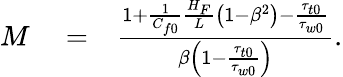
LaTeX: \begin{array}{rlr}{M}&{{}=}&{\frac{1+\frac{1}{C_{f0}}\frac{H_{F}}{L}\left(1-\beta^{2}\right)-\frac{\tau_{t0}}{\tau_{w0}}}{\beta\left(1-\frac{\tau_{t0}}{\tau_{w0}}\right)}.}\end{array}